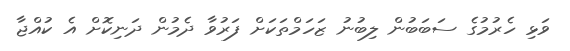
ވަޅި ހެރުމުގެ ސަބަބުން ލިބުނު ޒަހަމްތަކަށް ފަރުވާ ދެމުން ދަނިކޮށް އެ ކުއްޖާ